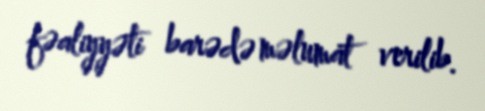
fəaliyyəti barədə məlumat verilib.